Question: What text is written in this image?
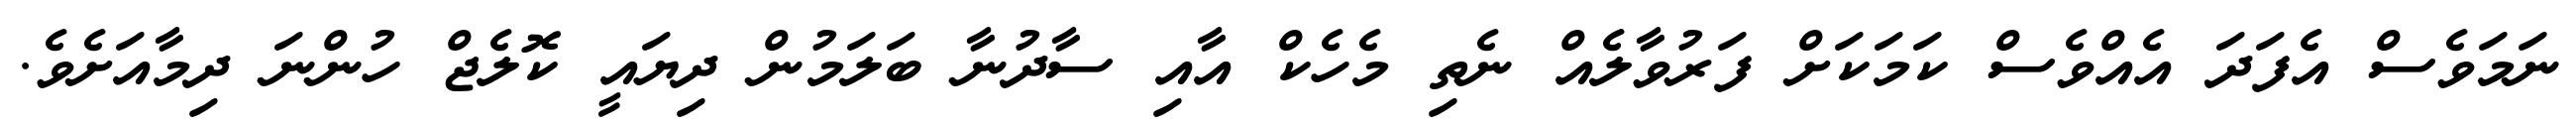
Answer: ނަމަވެސް އެފަދަ އެއްވެސް ކަމަކަށް ފަރުވާލެއް ނެތި މެހެކް އާއި ސާދުނާ ބަލަމުން ދިޔައީ ކޮލެޖް ހުންނަ ދިމާއަށެވެ.